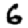
Digit: 6